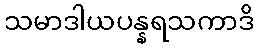
သမာဒါယပန္နရသကာဒိ